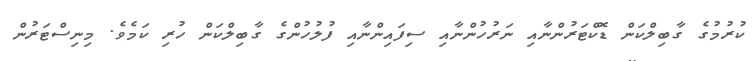
ކުރުމުގެ ގާބިލްކަން ޑޮކްޓަރުންނާއި ނަރުހުންނާއި ސިފައިންނާއި ފުލުހުންގެ ގާބިލްކަން ހުރި ކަމެވެ. މިނިސްޓަރުން